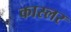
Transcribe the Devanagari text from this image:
कास्लर